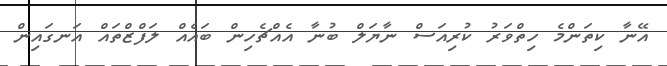
އޭނާ ކިތަންމެ ހިތްވަރު ކުރިއަސް ނާޔަލް ބުނާ އެއްޗެހިން ބައެއް ލަފްޒްތައް އަނގައިން